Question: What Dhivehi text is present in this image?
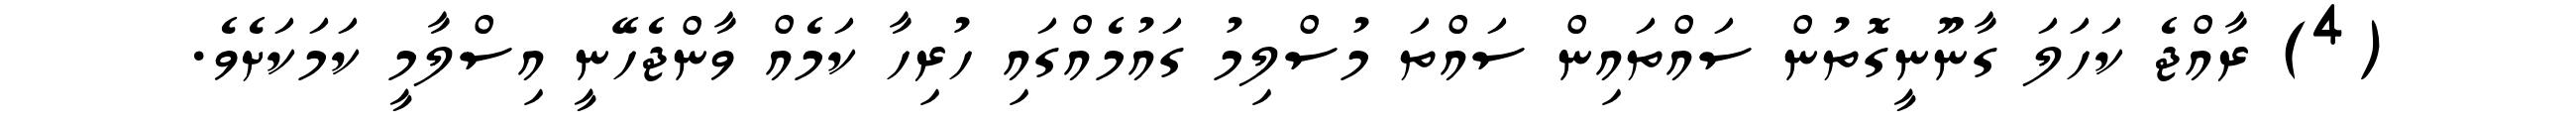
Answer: (4) ރާއްޖެ ކަހަލަ ގާނޫނީގޮތުން ސައްތައިން ސައްތަ މުސްލިމު ގައުމެއްގައި ހުރިހާ ކަމެއް ވާންޖެހޭނީ އިސްލާމީ ކަމަކަށެވެ.